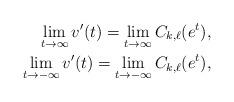
LaTeX: \begin{align*}\lim_{t\to\infty}v'(t)=\lim_{t\to\infty}C_{k,\ell}(e^t),\\\lim_{t\to-\infty}v'(t)=\lim_{t\to-\infty}C_{k,\ell}(e^t),\\\end{align*}